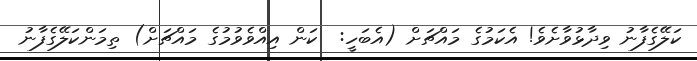
ކަލޭގެފާނު ވިދާޅުވާށެވެ! އެކަމުގެ މައްޗަށް (އެބަހީ:  ކަން އިއްވެވުމުގެ މައްޗަށް) ތިމަންކަލޭގެފާނު